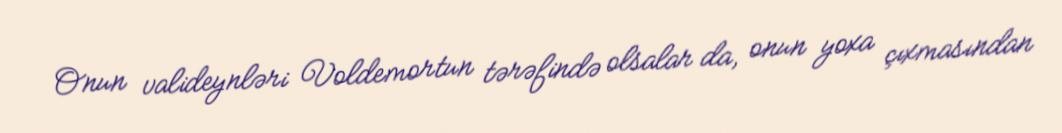
Onun valideynləri Voldemortun tərəfində olsalar da, onun yoxa çıxmasından